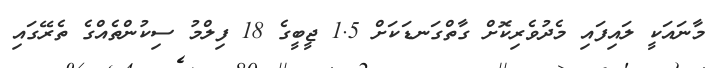
މާނައަކީ ލައިފައި މެދުވެރިކޮށް ގާތްގަނޑަކަށް 1.5 ޖީބީގެ 18 ފިލްމު ސިކުންތެއްގެ ތެރޭގައި